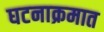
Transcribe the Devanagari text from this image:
घटनाक्रमात